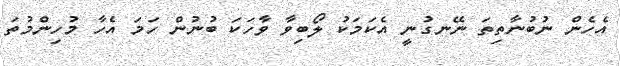
އެހެން ނުބުނާތިތަ ނޭނގުނީ އެކަމަކު ލޯބިވާ ވާހަކަ ބުނުން ހަމަ އެހާ މުހިންމުތަ